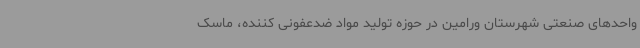
واحدهای صنعتی شهرستان ورامین در حوزه تولید مواد ضدعفونی کننده، ماسک